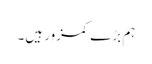
ہم بڑے کمزور ہیں۔